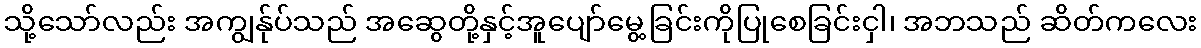
သို့သော်လည်း အကျွန်ုပ်သည် အဆွေတို့နှင့်အူပျော်မွေ့ခြင်းကိုပြုစေခြင်းငှါ၊ အဘသည် ဆိတ်ကလေး